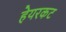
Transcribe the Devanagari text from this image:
हेयरकट